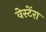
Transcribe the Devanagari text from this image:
वेस्टेंरा